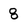
Character: 8